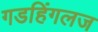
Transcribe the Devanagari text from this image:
गडहिंगलज